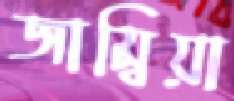
জাম্বিয়া